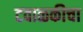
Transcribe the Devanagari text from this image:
टवाळकीचा